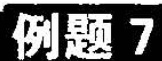
例题7